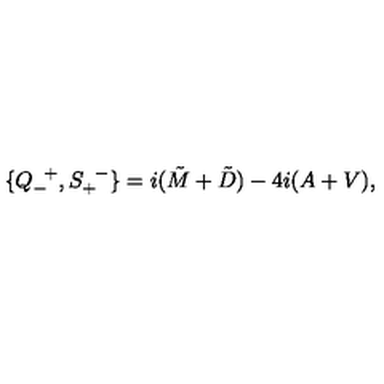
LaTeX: \{ Q _ { - } ^ { \enskip + } , S _ { + } ^ { \enskip - } \} = i ( \tilde { M } + \tilde { D } ) - 4 i ( A + V ) ,